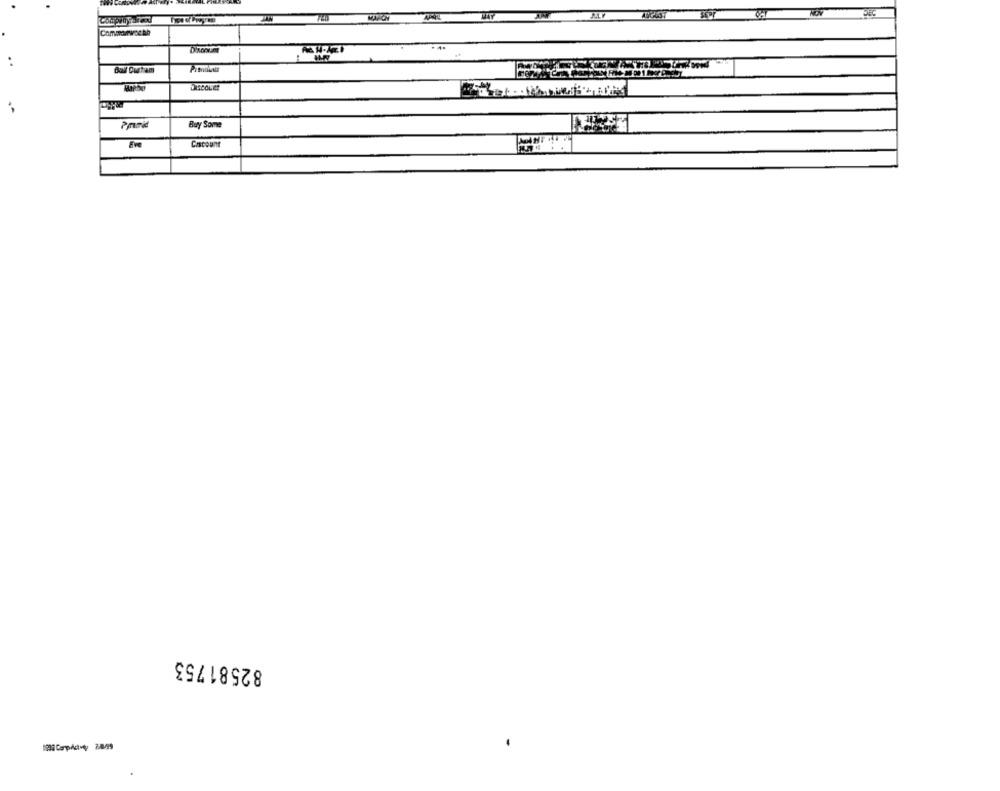
Dixonum
Buy Some
Eve
Cascount
82581753
1895 CarpAdoy 2099